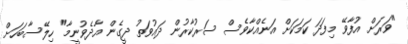
"ވަރަށް އުފާވޭ މިފަދަ ކަމަކަށް އަނެއްކާވެސް ސަރުކާރުން ދައުވަތު ދީގެން އާދެވުނީމާ" ހިލޭސާބަހަށް